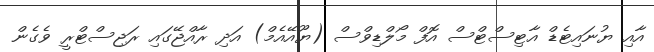
އާއި ޔުނައިޓެޑް އާޓިސްޓްސް އޮފް މޯލްޑިވްސް (ޔޫއޭއެމް) އަދި ރާއްޖޭގައި ރަޖިސްޓްރީ ވެގެން